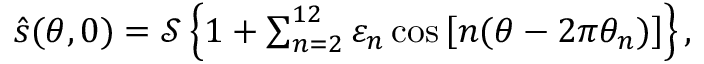
\begin{array} { r } { \hat { s } ( \theta , 0 ) = \mathcal { S } \left\{ 1 + \sum _ { n = 2 } ^ { 1 2 } \varepsilon _ { n } \cos \left[ n ( \theta - 2 \pi \theta _ { n } ) \right] \right\} , } \end{array}